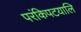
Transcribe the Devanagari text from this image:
परंकिपटयालि